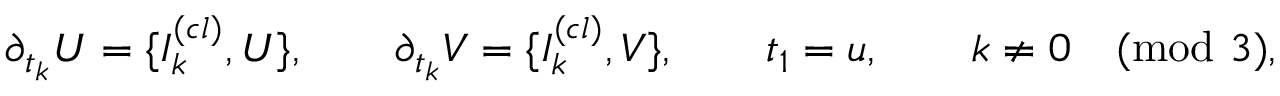
\partial _ { t _ { k } } U = \{ I _ { k } ^ { ( c l ) } , U \} , \qquad \partial _ { t _ { k } } V = \{ I _ { k } ^ { ( c l ) } , V \} , \qquad t _ { 1 } = u , \qquad k \not = 0 \pmod 3 ,